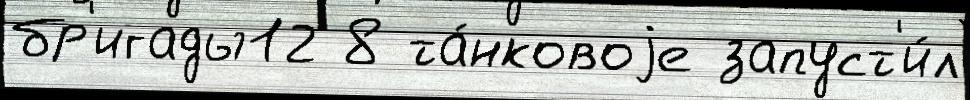
бр'игады12 8 та́нковоjе запуст'и́л